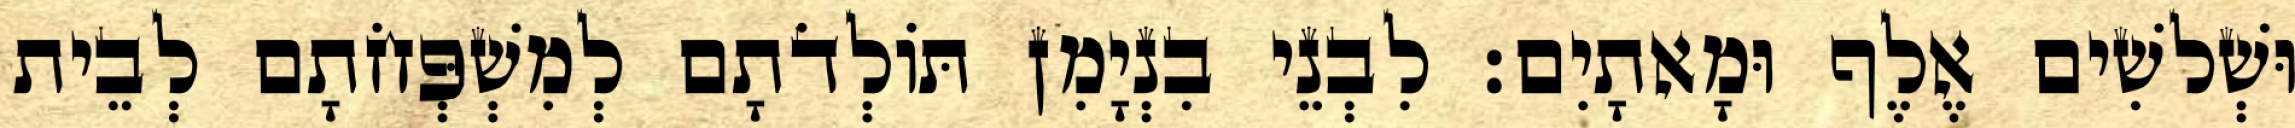
וּשְׁלשִׁים אֶלֶף וּמָאתָיִם׃ לִבְנֵי בִנְיָמִן תּוֹלְדֹתָם לְמִשְׁפְּחֹתָם לְבֵית